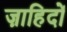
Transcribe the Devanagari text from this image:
ज़ाहिदों